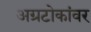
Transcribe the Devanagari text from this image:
अग्रटोकांवर